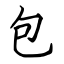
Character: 包